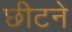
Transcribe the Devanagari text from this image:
छीटने